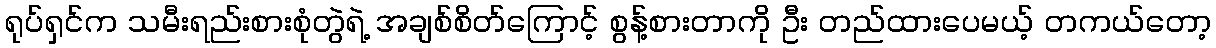
ရုပ်ရှင်က သမီးရည်းစားစုံတွဲရဲ့ အချစ်စိတ်ကြောင့် စွန့်စားတာကို ဦး တည်ထားပေမယ့် တကယ်တော့